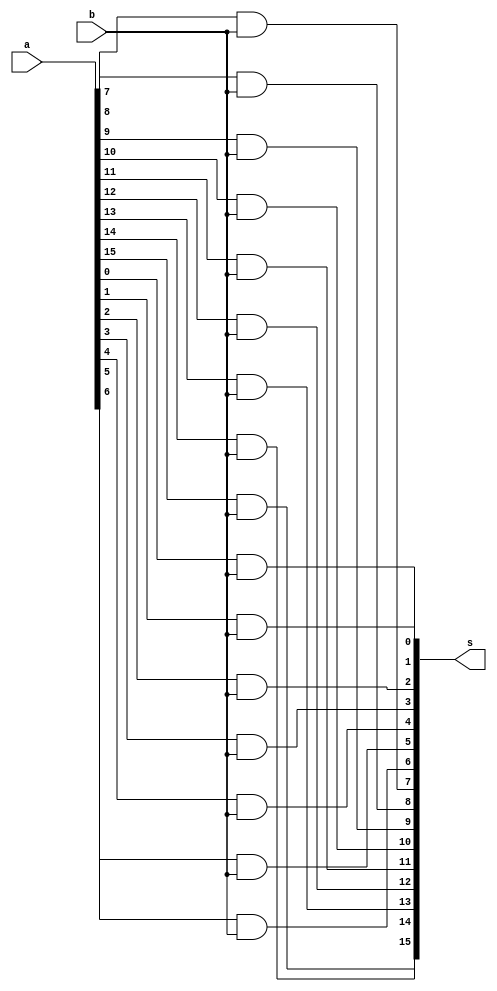
module mux_sp(input [15:0]a, input b, output[15:0] s);
	
	and a1(s[0], a[0], b);
	and a2(s[1], a[1], b);
	and a3(s[2], a[2], b);
	and a4(s[3], a[3], b);
	and a5(s[4], a[4], b);
	and a6(s[5], a[5], b);
	and a7(s[6], a[6], b);
	and a8(s[7], a[7], b);
	and a9(s[8], a[8], b);
	and a10(s[9], a[9], b);
	and a11(s[10], a[10], b);
	and a12(s[11], a[11], b);
	and a13(s[12], a[12], b);
	and a14(s[13], a[13], b);
	and a15(s[14], a[14], b);
	and a16(s[15], a[15], b);
	
endmodule